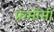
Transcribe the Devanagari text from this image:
फ्रंसीसी